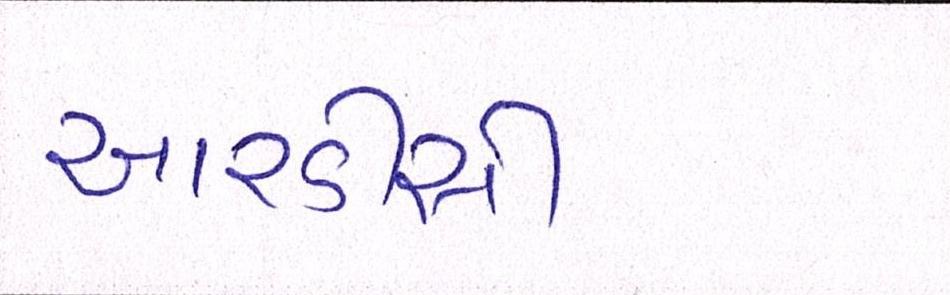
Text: આરડીસી